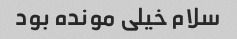
سلام خیلی مونده بود